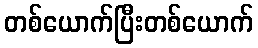
တစ်ယောက်ပြီးတစ်ယောက်